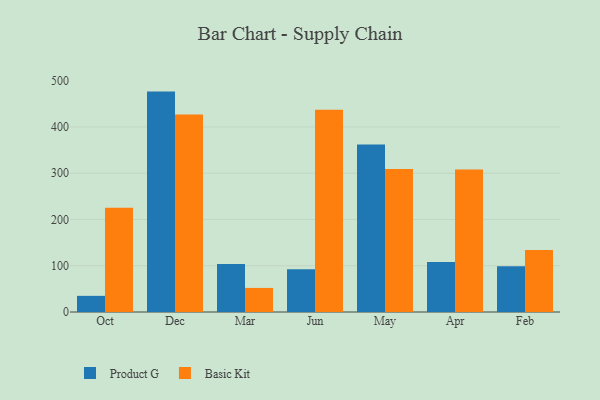
{"axis": {"x": "Month", "y": "Page Views"}, "legend": ["Basic Kit", "Product G"], "data": [{"x": "Oct", "y": 34.9, "type": "Product G"}, {"x": "Oct", "y": 225.6, "type": "Basic Kit"}, {"x": "Dec", "y": 476.4, "type": "Product G"}, {"x": "Dec", "y": 426.8, "type": "Basic Kit"}, {"x": "Mar", "y": 103.7, "type": "Product G"}, {"x": "Mar", "y": 52.0, "type": "Basic Kit"}, {"x": "Jun", "y": 92.4, "type": "Product G"}, {"x": "Jun", "y": 437.3, "type": "Basic Kit"}, {"x": "May", "y": 361.9, "type": "Product G"}, {"x": "May", "y": 308.9, "type": "Basic Kit"}, {"x": "Apr", "y": 108.2, "type": "Product G"}, {"x": "Apr", "y": 307.9, "type": "Basic Kit"}, {"x": "Feb", "y": 98.9, "type": "Product G"}, {"x": "Feb", "y": 134.1, "type": "Basic Kit"}]}